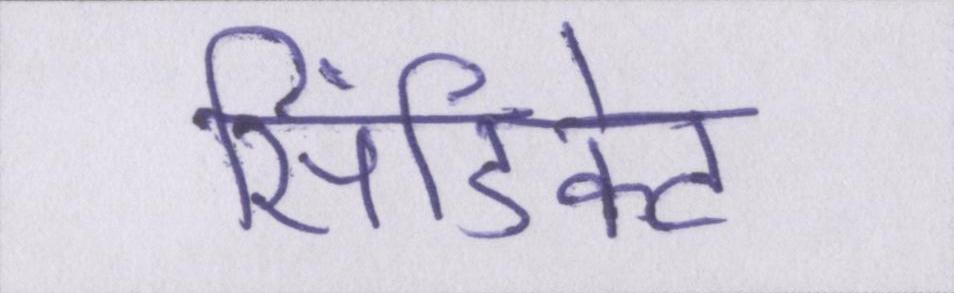
सिंडिकेट